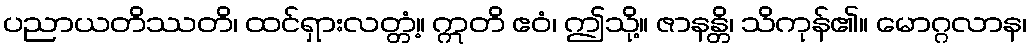
ပညာယတိဿတိ၊ ထင်ရှားလတ္တံ့။ ဣတိ ဧဝံ၊ ဤသို့။ ဇာနန္တိ၊ သိကုန်၏။ မောဂ္ဂလာန၊